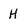
Character: H